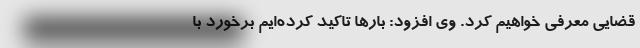
قضایی معرفی خواهیم کرد. وی افزود: بارها تاکید کرده‌ایم برخورد با